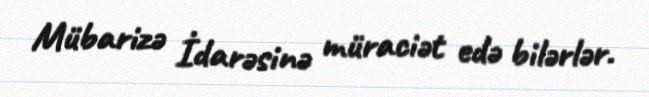
Mübarizə İdarəsinə müraciət edə bilərlər.